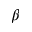
\beta